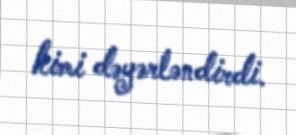
kimi dəyərləndirdi.